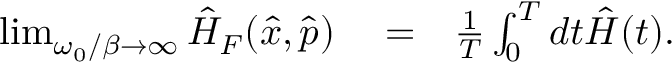
\begin{array} { r l r } { \operatorname* { l i m } _ { \omega _ { 0 } / \beta \to \infty } \hat { H } _ { F } ( \hat { x } , \hat { p } ) } & { { } = } & { \frac { 1 } { T } \int _ { 0 } ^ { T } d t \hat { H } ( t ) . } \end{array}